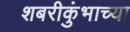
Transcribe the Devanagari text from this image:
शबरीकुंभाच्या